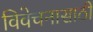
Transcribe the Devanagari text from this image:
विवेचनासाठी